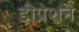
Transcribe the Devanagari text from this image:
डीप्रेशन